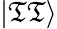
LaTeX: |\mathfrak{T}\mathfrak{T}\rangle